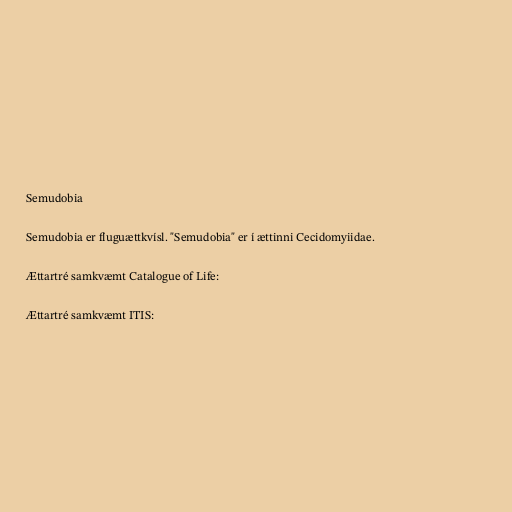
Semudobia

Semudobia er fluguættkvísl. "Semudobia" er í ættinni Cecidomyiidae.

Ættartré samkvæmt Catalogue of Life:

Ættartré samkvæmt ITIS: